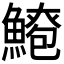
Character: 𫙫